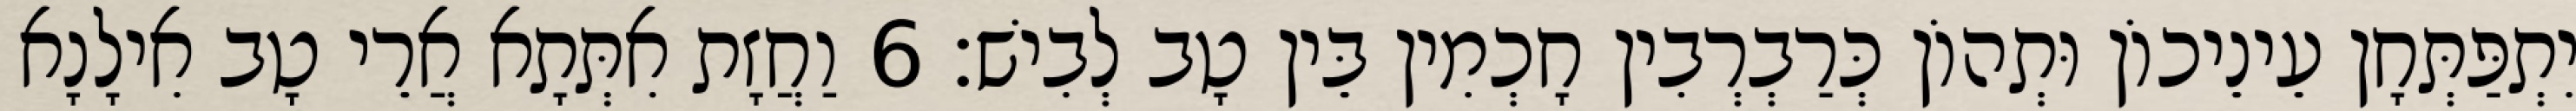
יִתְפַּתְּחָן עֵינֵיכוֹן וּתְהוֹן כְּרַבְרְבִין חָכְמִין בֵּין טָב לְבִישׁ׃ 6 וַחֲזָת אִתְּתָא אֲרֵי טָב אִילָנָא